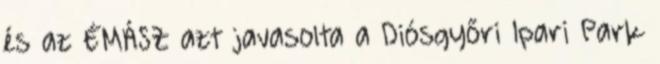
és az ÉMÁSZ azt javasolta a Diósgyőri Ipari Park